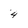
Character: 4